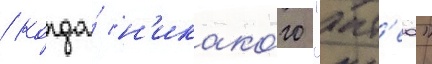
/ когда́ н'икако́го "ант'еа"